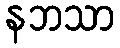
နဘသာ